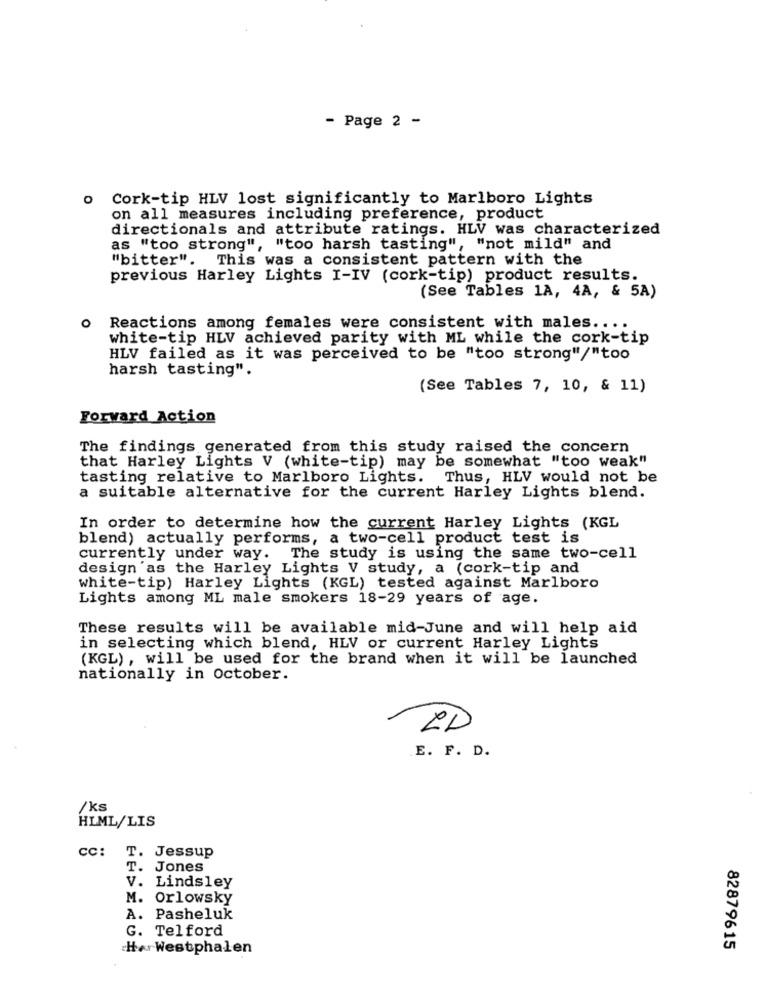
- Page 2 -
o Cork-tip HLV lost significantly to Marlboro Lights
on all measures including preference, product
directionals and attribute ratings. HLV was characterized
as "too strong", "too harsh tasting", "not mild" and
"bitter". This was a consistent pattern with the
previous Harley Lights I-IV (cork-tip) product results.
(See Tables 1A, 4A, & 5A)
o Reactions among females were consistent with males ....
white-tip HLV achieved parity with ML while the cork-tip
HLV failed as it was perceived to be "too strong"/"too
harsh tasting".
(See Tables 7, 10, & 11)
Forward Action
The findings generated from this study raised the concern
that Harley Lights V (white-tip) may be somewhat "too weak"
tasting relative to Marlboro Lights. Thus, HLV would not be
a suitable alternative for the current Harley Lights blend.
In order to determine how the current Harley Lights (KGL
blend) actually performs, a two-cell product test is
currently under way. The study is using the same two-cell
design'as the Harley Lights V study, a (cork-tip and
white-tip) Harley Lights (KGL) tested against Marlboro
Lights among ML male smokers 18-29 years of age.
These results will be available mid-June and will help aid
in selecting which blend, HLV or current Harley Lights
(KGL) , will be used for the brand when it will be launched
nationally in October.
ID
.E. F. D.
/ks
HLML/LIS
CC:
T. Jessup
T. Jones
V. Lindsley
M. Orlowsky
A. Pasheluk
G. Telford
HerWestphalen
82879615